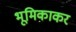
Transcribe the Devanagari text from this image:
भूमिकाकर